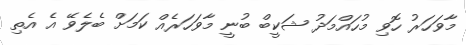
މާވަހަރު ހޮވި މުހައްމަދު ޝަކީބް ބުނީ މާވަހަރެއް ކަމަށް ބެލެވޭ އެ އެތި